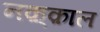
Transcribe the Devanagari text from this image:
नक़्क़ाल